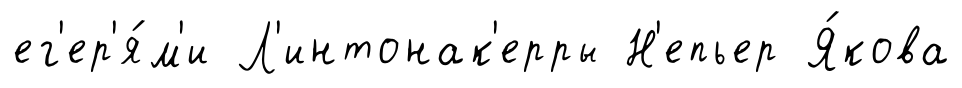
ег'ер'я́м'и Л'интонак'ерры Н'епьер Я́кова